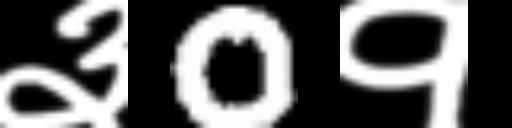
Text: ३0१